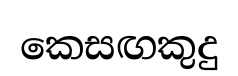
කෙසඟකුදු